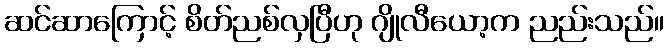
ဆင်ဆာကြောင့် စိတ်ညစ်လှပြီဟု ဂျိုလီယော့က ညည်းသည်။